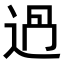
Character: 𨒵